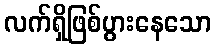
လက်ရှိဖြစ်ပွားနေသော